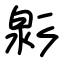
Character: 㣐